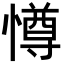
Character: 𭞵